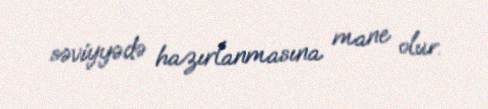
səviyyədə hazırlanmasına mane olur.